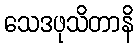
သေဒဖုသိတာနိ